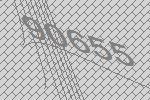
90655